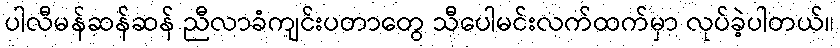
ပါလီမန်ဆန်ဆန် ညီလာခံကျင်းပတာတွေ သီပေါမင်းလက်ထက်မှာ လုပ်ခဲ့ပါတယ်။